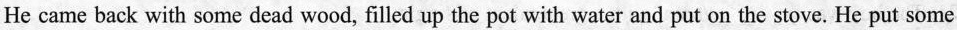
He came back with some dead wood, filled up the pot with water and put on the stove. He put some